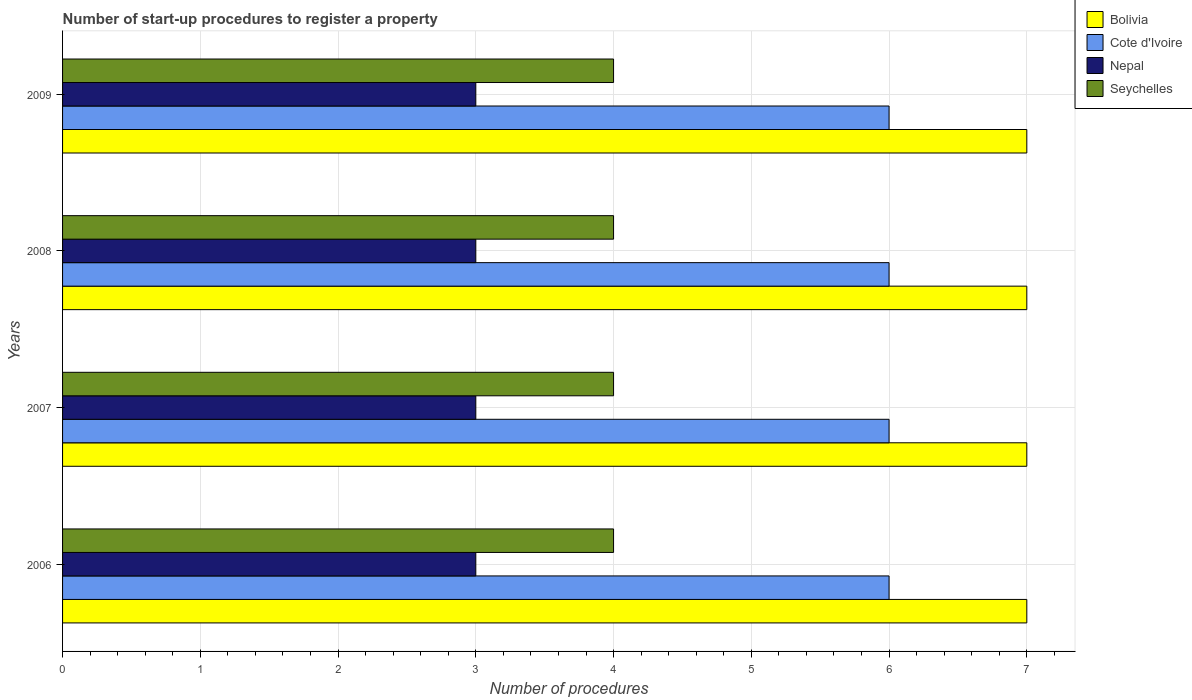
| Years | Bolivia | Cote d'Ivoire | Nepal | Seychelles |
 | --- | --- | --- | --- | --- |
 | 2006 | 7 | 6 | 3 | 4 |
 | 2007 | 7 | 6 | 3 | 4 |
 | 2008 | 7 | 6 | 3 | 4 |
 | 2009 | 7 | 6 | 3 | 4 |